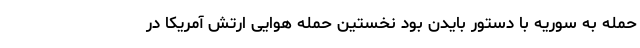
حمله به سوریه با دستور بایدن بود نخستین حمله هوایی ارتش آمریکا در